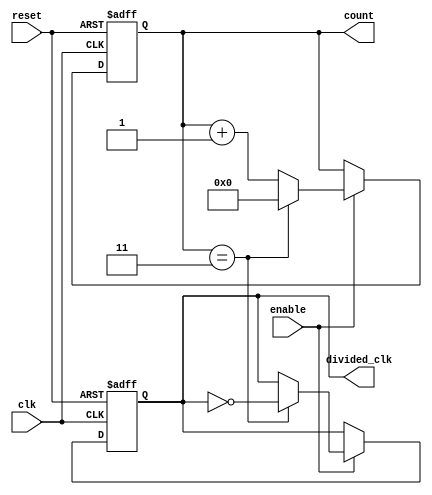
module FrequencyDividerCounter #(
    parameter DIV_FACTOR = 4 // Default division factor
)(
    input wire clk,          // Input clock signal
    input wire reset,        // Asynchronous reset signal
    input wire enable,       // Enable signal for counting
    output reg divided_clk,   // Output divided clock signal
    output reg [31:0] count   // Current count value
);

    // Internal signal to hold the next count value
    reg [31:0] next_count;

    // Always block for counting and divided clock generation
    always @(posedge clk or posedge reset) begin
        if (reset) begin
            count <= 0;          // Reset count to 0
            divided_clk <= 0;    // Reset divided clock
        end else if (enable) begin
            if (count == DIV_FACTOR - 1) begin
                count <= 0;      // Reset count when it reaches DIV_FACTOR
                divided_clk <= ~divided_clk; // Toggle divided clock
            end else begin
                count <= count + 1; // Increment count
            end
        end
    end

endmodule